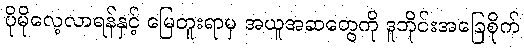
ပိုမိုလေ့လာရန်နှင့် မြေတူးရာမှ အယူအဆတွေကို ဒူဘိုင်းအခြေစိုက်